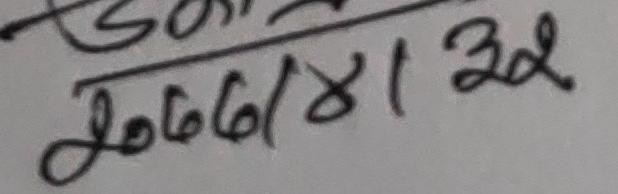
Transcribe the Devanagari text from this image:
२०६७।४।३२